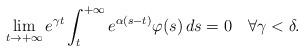
LaTeX: \begin{align*}\lim_{t\to +\infty}e^{\gamma t}\int_{t}^{+\infty}e^{\alpha(s-t)}\varphi(s)\,ds=0\quad\forall\gamma<\delta.\end{align*}